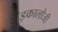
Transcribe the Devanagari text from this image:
इकालोजी